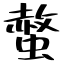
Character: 螫